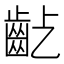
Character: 𪗚